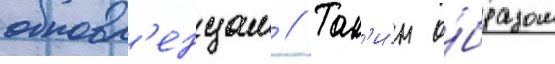
обновл'енцам // Так'и́м о́бразом